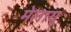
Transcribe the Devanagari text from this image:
मेलायू